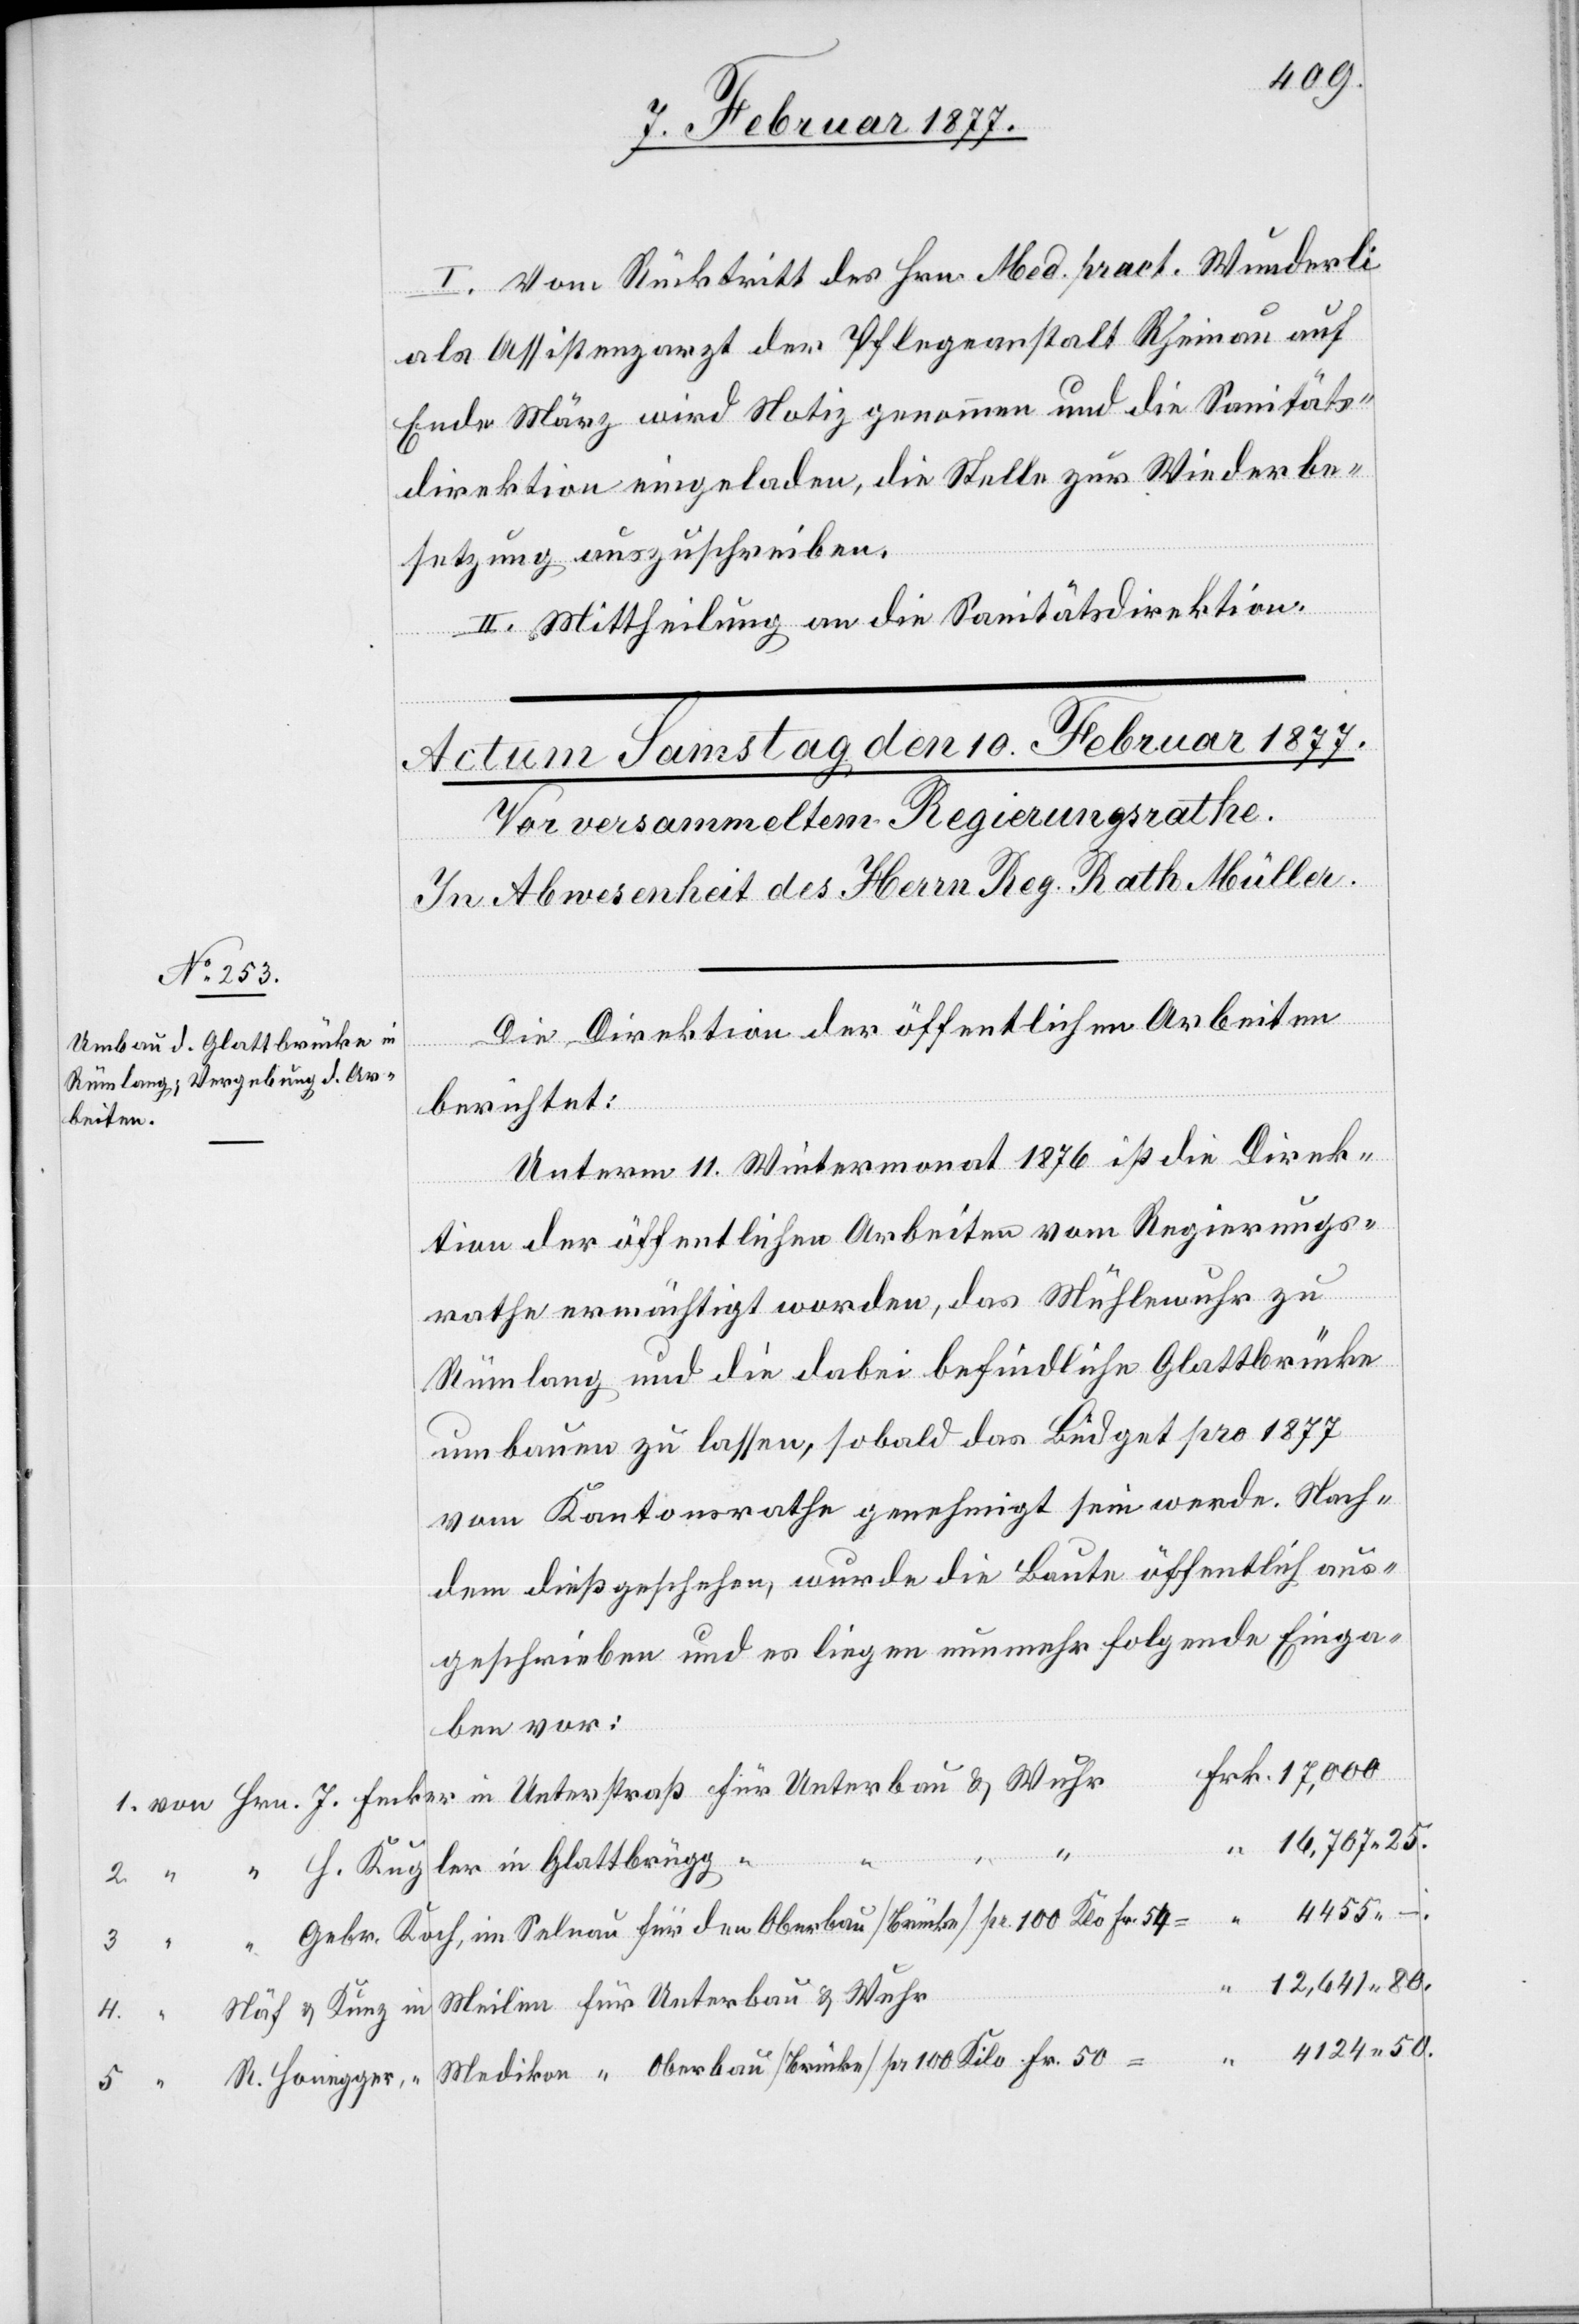
I. Vom Rücktritt des Hrn. Med. pract. Wunderli
als Assistenzarzt der Pflegeanstalt Rheinau auf
Ende März wird Notiz genommen und die Sanitäts¬
direktion eingeladen, die Stelle zur Wiederbe¬
setzung auszuschreiben.
II. Mittheilung an die Sanitätsdirektion.
Frk.
Die Direktion der öffentlichen Arbeiten
berichtet:
Unterm 11. Wintermonat 1876 ist die Direk¬
tion der öffentlichen Arbeiten vom Regierungs¬
rathe ermächtigt worden, das Mühlewuhr zu
Rümlang und die dabei befindliche Glattbrücke
umbauen zu lassen, sobald das Büdget pro 1877
vom Kantonsrathe genehmigt sein werde. Nach¬
dem dieß geschehen, wurde die Baute öffentlich aus¬
geschrieben und es liegen nunmehr folgende Einga¬
ben vor:
16,707.25.
4.
“
F. Kugler in Glattbrugg
Gebr. Koch, im Selnau für den Oberbau [Brücke] pr. 100 Klo Fr. 54=
5.
4124.50.
– .
Näf & Kunz in Meilen für Unterbau & Wuhr
R. Honegger, “ Medikon “ Oberbau [Brücke] pr. 100 Kilo Fr. 50=